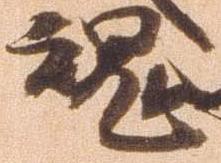
魂